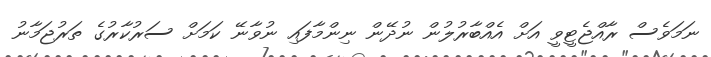
ނަމަވެސް ރާއްޖެޓީވީ އަށް އެއްބާރުލުން ނުދޭން ނިންމާފައި ނުވާނޭ ކަމަށް ސަރުކާރުގެ ތަރުޖަމާނު